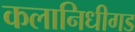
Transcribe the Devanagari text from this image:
कलानिधीगड